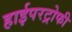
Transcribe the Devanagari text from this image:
हाईपरट्रोफी